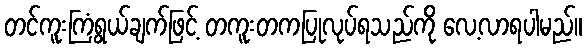
တင်ကူးကြံရွယ်ချက်ဖြင့် တကူးတကပြုလုပ်ရသည်ကို လေ့လာရပါမည်။